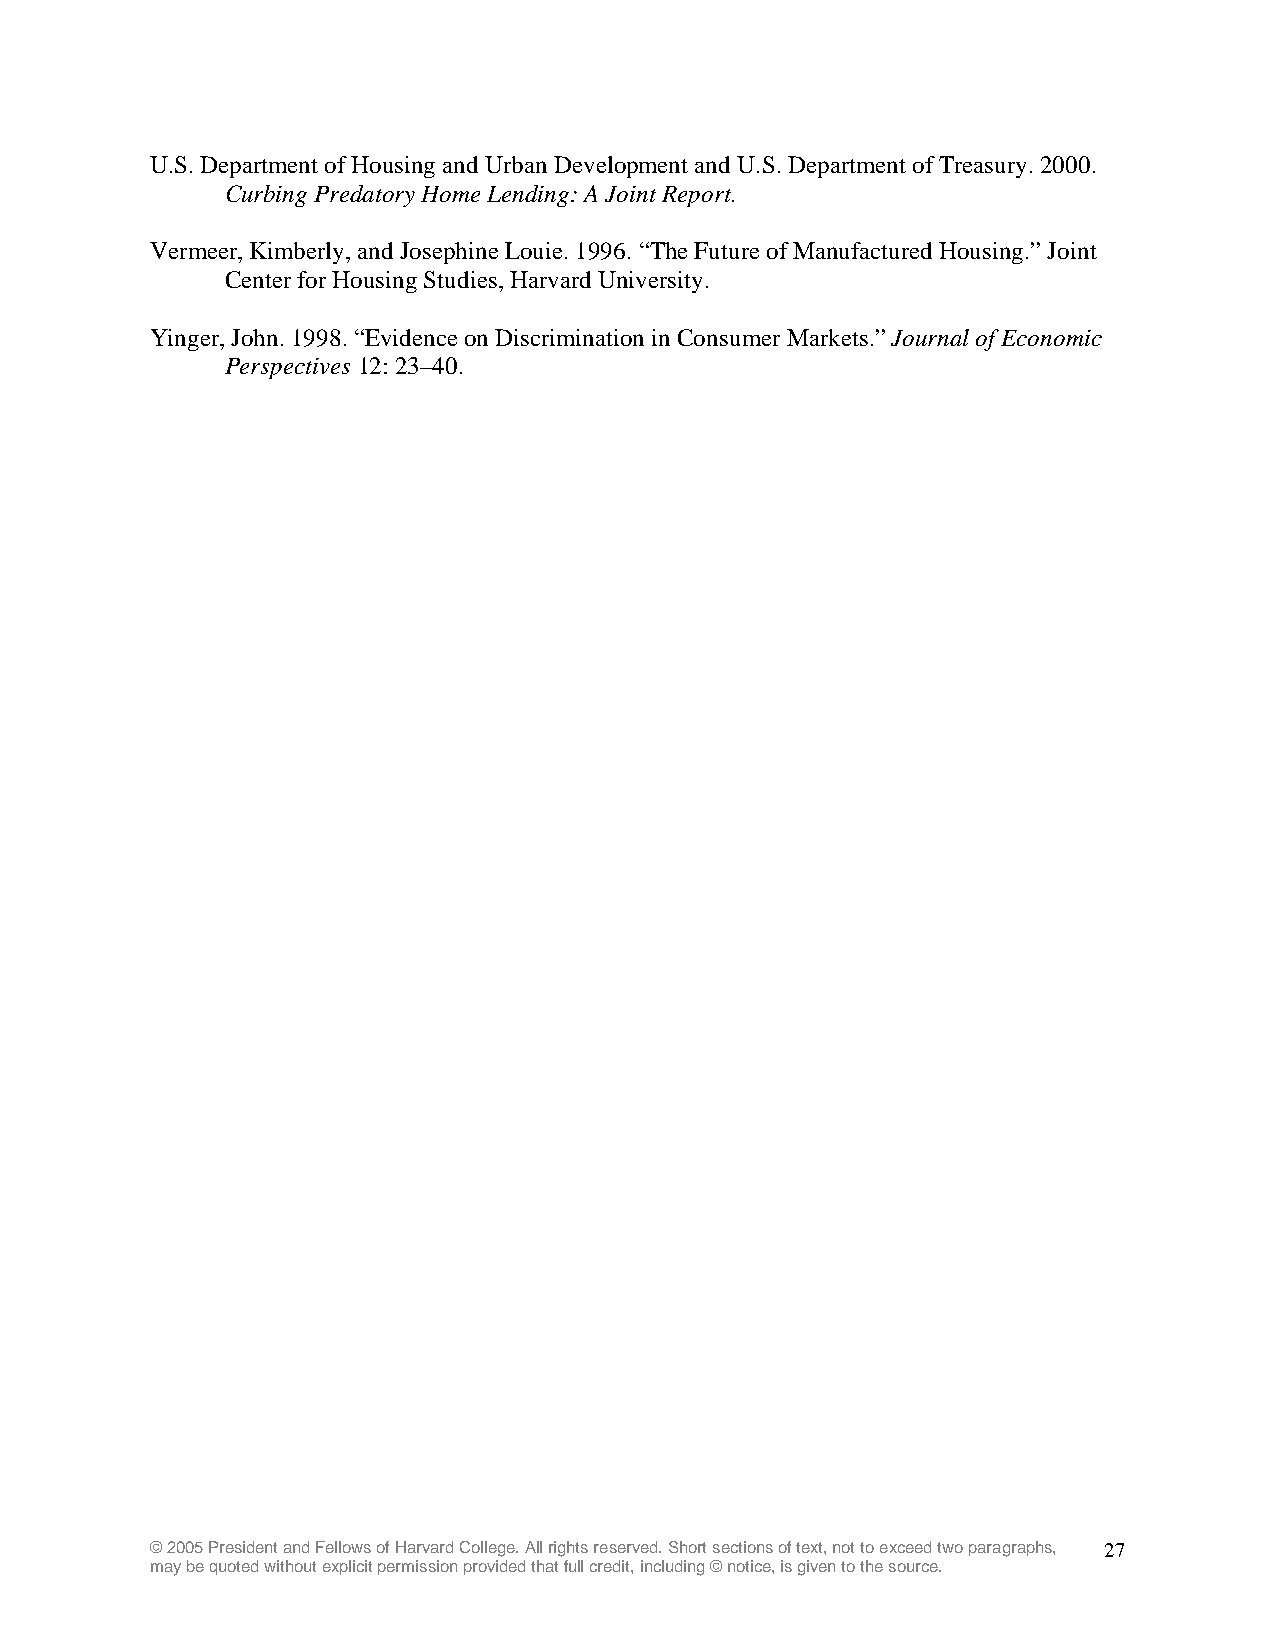
U.S. Department of Housing and Urban Development and U.S. Department of Treasury. 2000.
 Curbing Predatory Home Lending: A Joint Report.
 Vermeer, Kimberly, and Josephine Louie. 1996. “The Future of Manufactured Housing.” Joint
 Center for Housing Studies, Harvard University.
 Yinger, John. 1998. “Evidence on Discrimination in Consumer Markets.” Journal of Economic
 Perspectives 12: 23–40.
 © 2005 President and Fellows of Harvard College. All rights reserved. Short sections of text, not to exceed two paragraphs, 27
 may be quoted without explicit permission provided that full credit, including © notice, is given to the source.